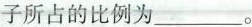
子所占的比例为___。